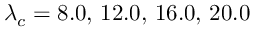
\lambda _ { c } = 8 . 0 , \, 1 2 . 0 , \, 1 6 . 0 , \, 2 0 . 0